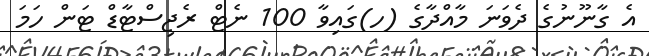
އެ ގާނޫނުގެ ދެވަނަ މާއްދާގެ (ހ)ގައިވާ 100 ނެޓް ރެޖިސްޓާޑް ޓަން ހަމަ